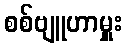
စစ်ဗျူဟာမှူး